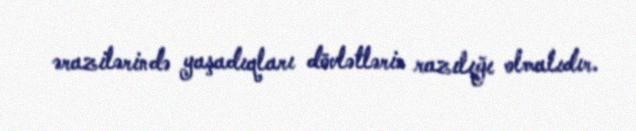
ərazilərində yaşadıqları dövlətlərin razılığı olmalıdır.